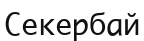
Секербай